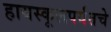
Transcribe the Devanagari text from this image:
हायस्कूलपर्यंतचे